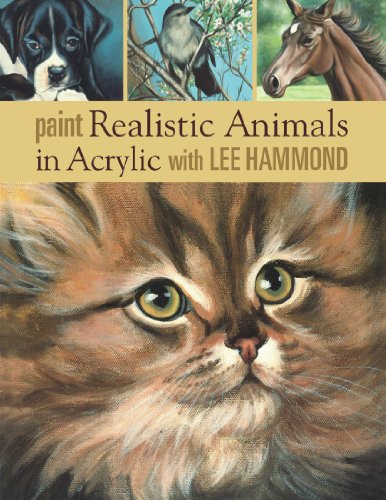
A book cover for Paint Realistic Animals in Acrylic with Lee Hammond; Lee Hammond; Arts & Photography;